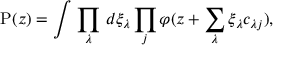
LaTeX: \mathrm { P } ( z ) = \int \, \prod _ { \lambda } \, d \xi _ { \lambda } \prod _ { j } \varphi ( z + \sum _ { \lambda } \xi _ { \lambda } c _ { \lambda j } ) ,